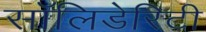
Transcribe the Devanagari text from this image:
सॉलिडेरिटी